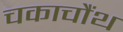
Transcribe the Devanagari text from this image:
चकाचौंथ